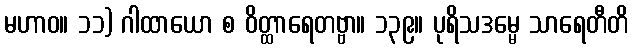
မဟာဝ။ ၁၁) ဂါထာယော စ ဝိတ္ထာရေတဗ္ဗာ။ ၁၃၉။ ပုရိသဒမ္မေ သာရေတီတိ